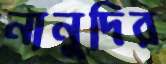
নানুদির